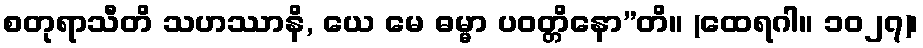
စတုရာသီတိ သဟဿာနိ, ယေ မေ ဓမ္မာ ပဝတ္တိနော”တိ။ (ထေရဂါ။ ၁၀၂၇)၊